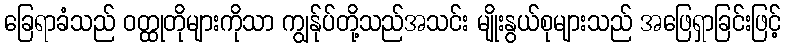
ခြေရာခံသည် ဝတ္ထုတိုများကိုသာ ကျွန်ုပ်တို့သည်အသင်း မျိုးနွယ်စုများသည် အဖြေရှာခြင်းဖြင့်